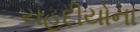
યહૂદીયોના